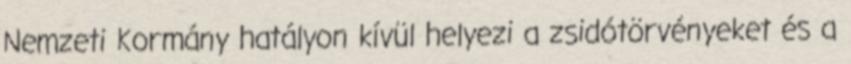
Nemzeti Kormány hatályon kívül helyezi a zsidótörvényeket és a